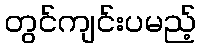
တွင်ကျင်းပမည့်